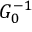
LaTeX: G _ { 0 } ^ { - 1 }